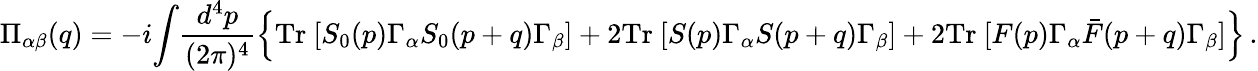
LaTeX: \Pi_{\alpha\beta}(q)=-i\! \int\! \frac{d^{4}p}{(2\pi)^{4}}\left\{ \mathrm{Tr}~[S_{0}(p)\Gamma_{\alpha}S_{0}(p+q)\Gamma_{\beta}]+2\mathrm{Tr}~[S(p)\Gamma_{\alpha}S(p+q)\Gamma_{\beta}]+2\mathrm{Tr}~[F(p)\Gamma_{\alpha}\bar{F}(p+q)\Gamma_{\beta}]\right\} \, .